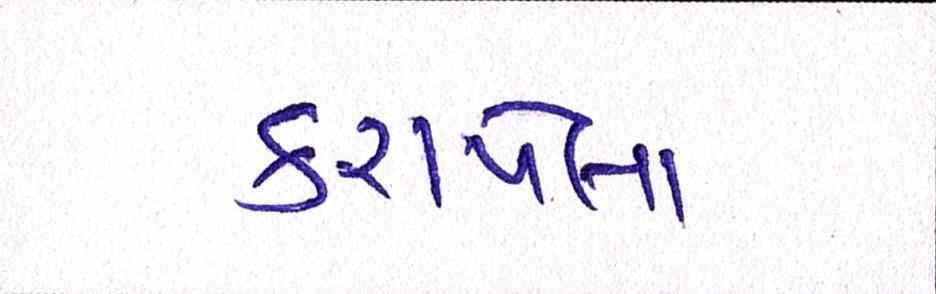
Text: કરાયેલા